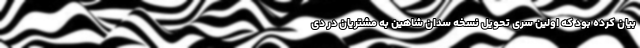
بیان کرده بود که اولین سری تحویل نسخه سدان شاهین به مشتریان در دی